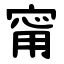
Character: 甯